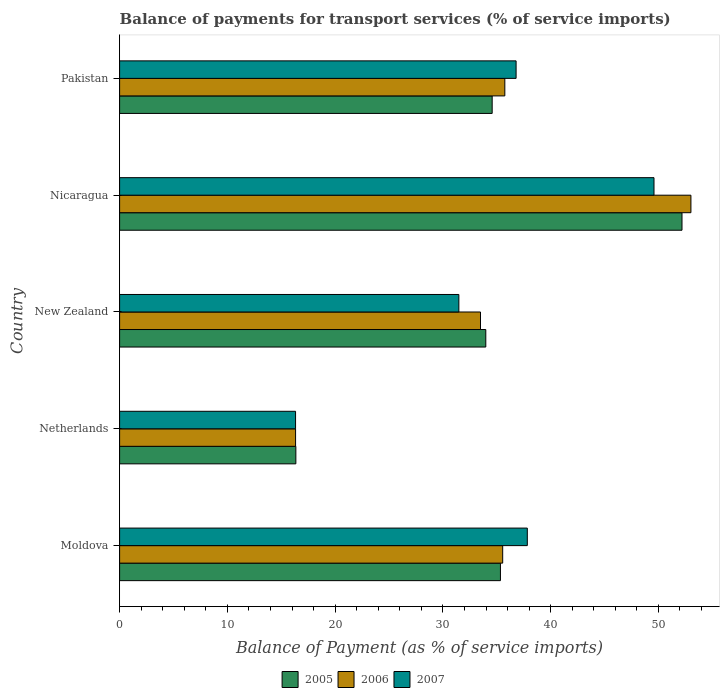
| Country | 2005 | 2006 | 2007 |
 | --- | --- | --- | --- |
 | Moldova | 35.3 | 35.5 | 37.8 |
 | Netherlands | 16.4 | 16.3 | 16.3 |
 | New Zealand | 34 | 33.5 | 31.5 |
 | Nicaragua | 52.2 | 53 | 49.6 |
 | Pakistan | 34.6 | 35.7 | 36.8 |